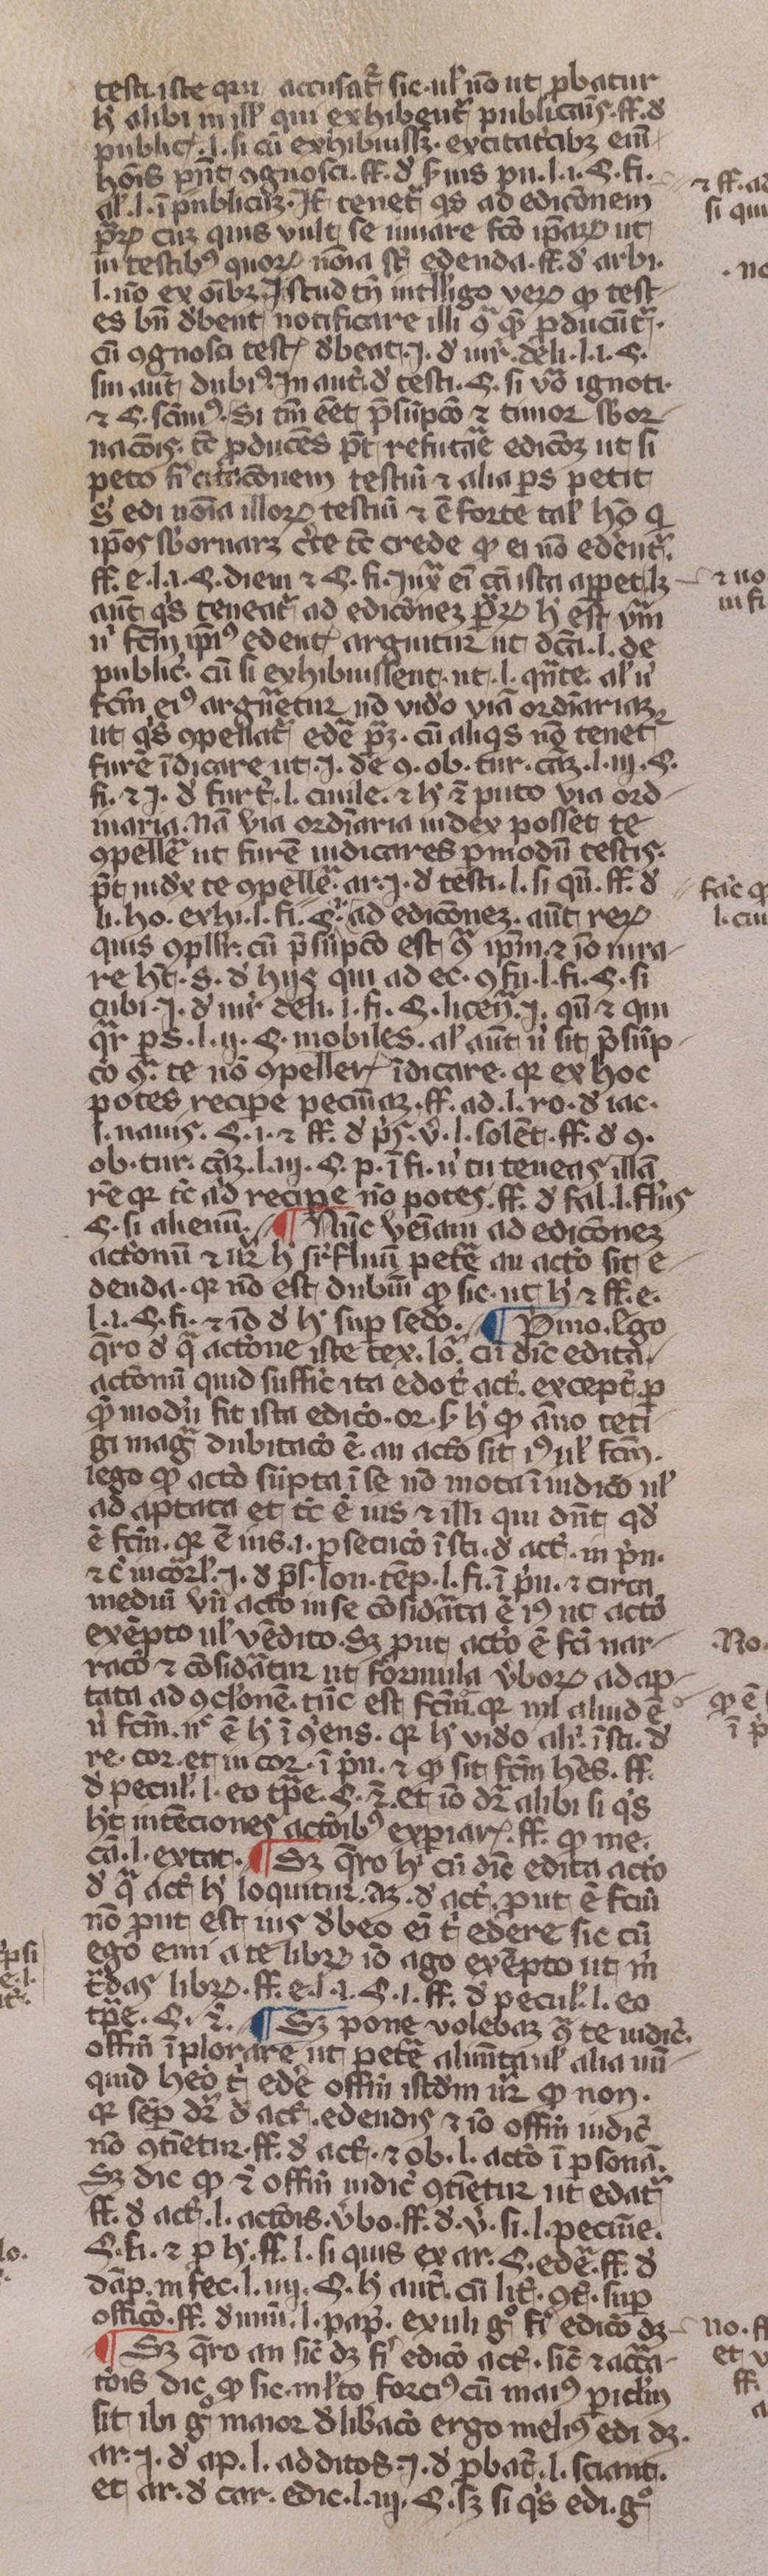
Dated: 1350–1399